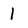
Character: 1